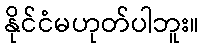
နိုင်ငံမဟုတ်ပါဘူး။